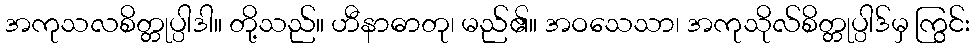
အကုသလစိတ္တုပ္ပါဒါ။ တို့သည်။ ဟီနာဓာတု၊ မည်၏။ အဝသေသာ၊ အကုသိုလ်စိတ္တုပ္ပါဒ်မှ ကြွင်း